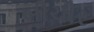
બીચીર